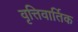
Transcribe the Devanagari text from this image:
वृत्तिवार्तिक